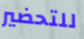
للتحضير